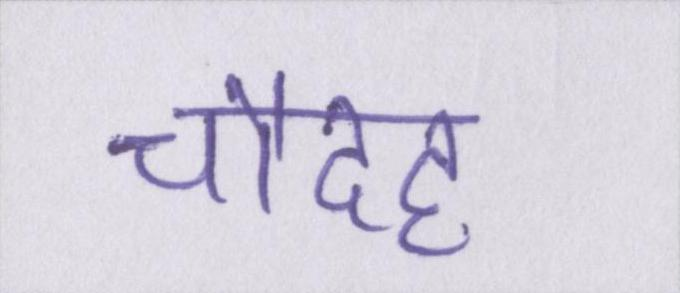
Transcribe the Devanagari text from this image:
चौदह